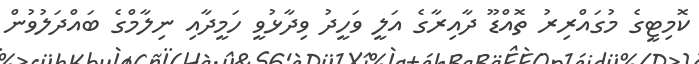
ކޮމިޓީގެ މުގައްރިރު ތޮއްޑޫ ދާއިރާގެ އަލީ ވަހީދު ވިދާޅުވީ ހަމީދާއި ނިލާމްގެ ބައްދަލުވުން